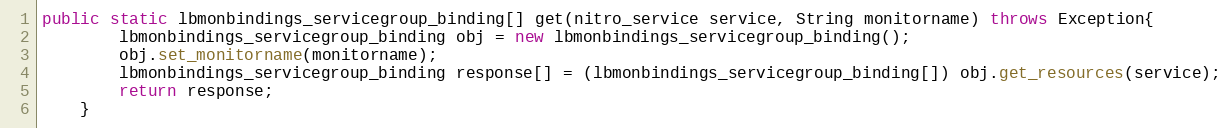
Language: Java
public static lbmonbindings_servicegroup_binding[] get(nitro_service service, String monitorname) throws Exception{
		lbmonbindings_servicegroup_binding obj = new lbmonbindings_servicegroup_binding();
		obj.set_monitorname(monitorname);
		lbmonbindings_servicegroup_binding response[] = (lbmonbindings_servicegroup_binding[]) obj.get_resources(service);
		return response;
	}